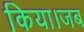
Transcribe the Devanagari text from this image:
किया।जब